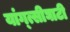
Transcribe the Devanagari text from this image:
यांग्त्सीघाटी